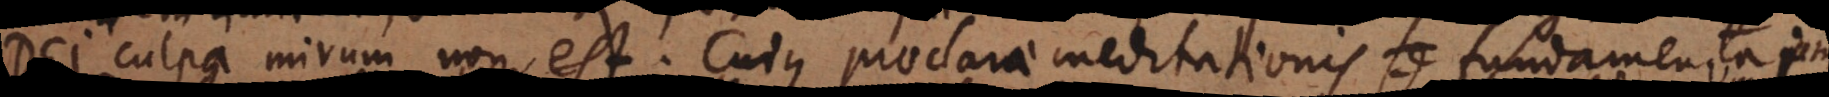
Dei culpa mirum non est. Cujus praeclarae meditationis fundamenta jam